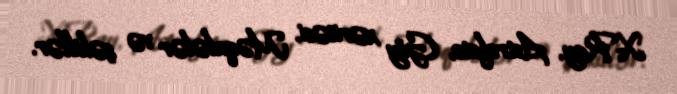
X-Ray, Astrofoto, Göy xəritəsi, Məqalələr və şəkillər.